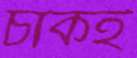
চাকই